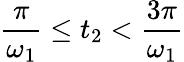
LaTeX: \frac{\pi}{\omega_{1}}\le t_{2}<\frac{3\pi}{\omega_{1}}